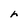
Character: h